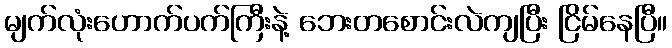
မျက်လုံးဟောက်ပက်ကြီးနဲ့ ဘေးတစောင်းလဲကျပြီး ငြိမ်နေပြီ။